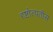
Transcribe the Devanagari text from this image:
दृष्टोत्पतीस